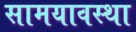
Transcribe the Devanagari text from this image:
सामयावस्था